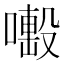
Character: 𠿊